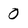
Character: 0